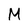
Character: M